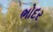
ભોદર